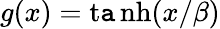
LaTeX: g(x)=\operatorname{t\mathtt{a}nh}(x/\beta)